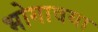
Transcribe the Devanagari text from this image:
भोगावया